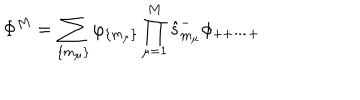
\Phi ^ { M } = \sum _ { \{ m _ { \mu } \} } \varphi _ { \{ m _ { \mu } \} } \prod _ { \mu = 1 } ^ { M } \hat { s } _ { m _ { \mu } } ^ { - } \phi _ { + + \cdots + }